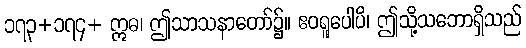
၁၇၃+၁၇၄+ ဣဓ၊ ဤသာသနာတော်၌။ ဧဝရူပေါပိ၊ ဤသို့သဘောရှိသည်